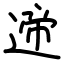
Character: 遆